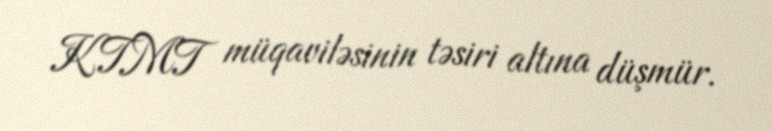
KTMT müqaviləsinin təsiri altına düşmür.